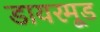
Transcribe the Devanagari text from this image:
डायरमूड